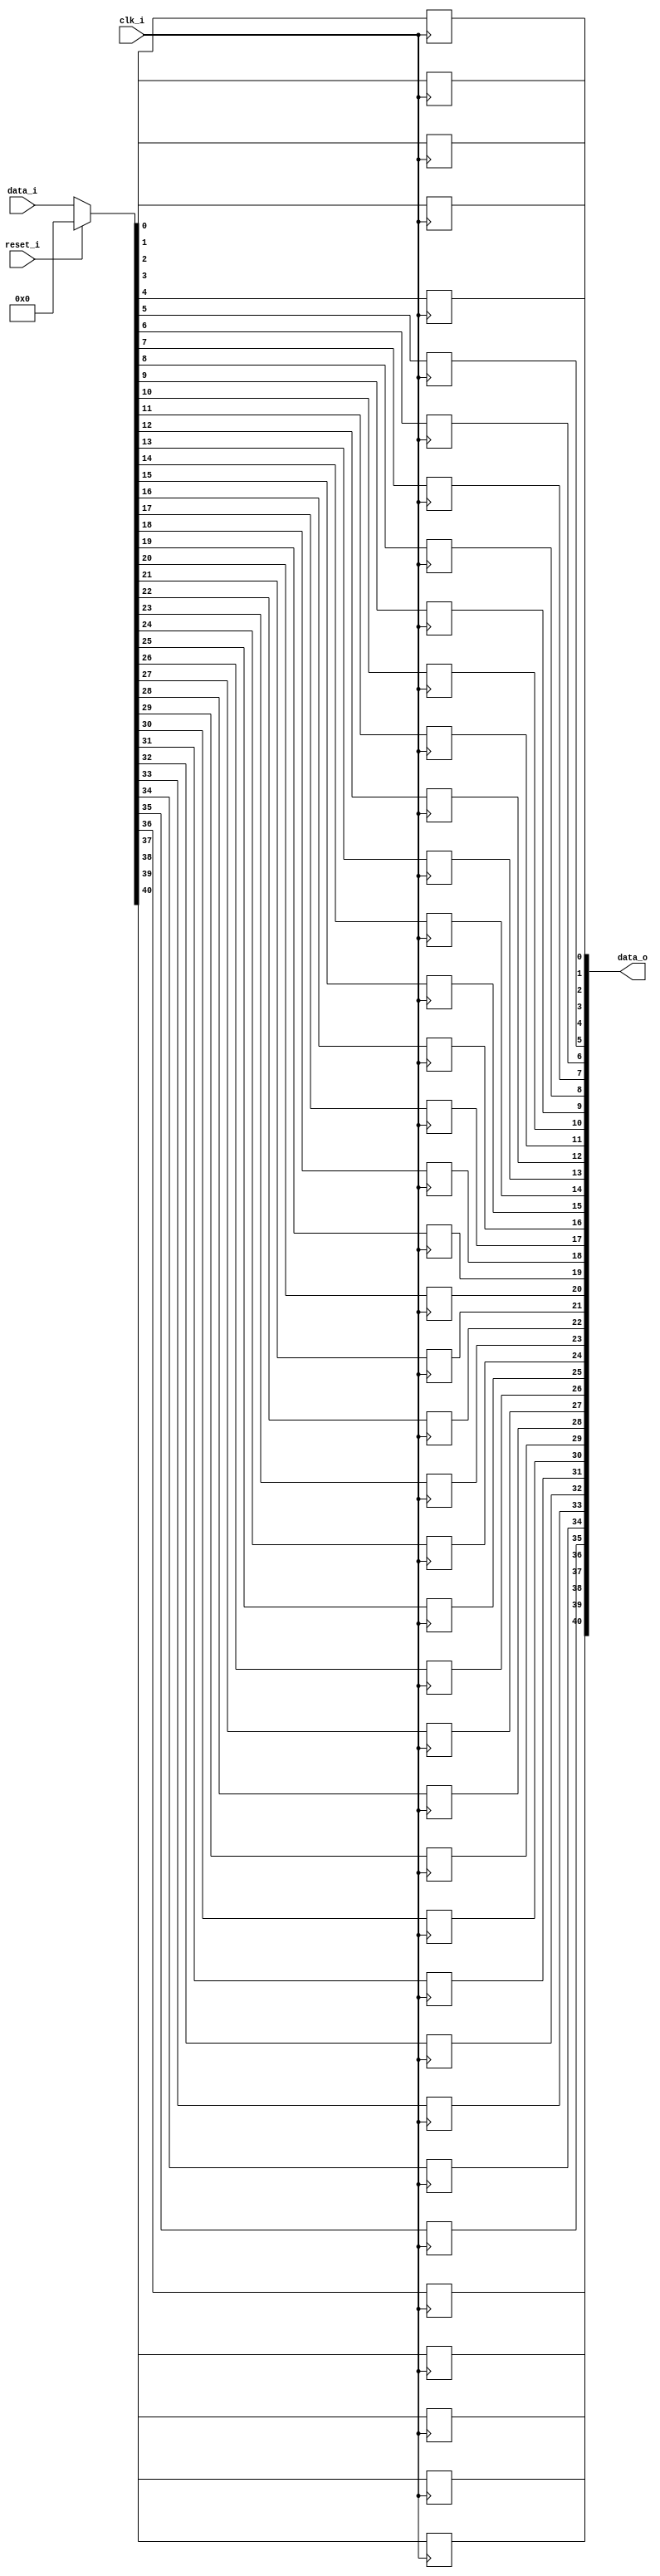
// This program was cloned from: https://github.com/NYU-MLDA/OpenABC
// License: BSD 3-Clause "New" or "Revised" License

module bsg_dff_reset_width_p41
(
  clk_i,
  reset_i,
  data_i,
  data_o
);

  input [40:0] data_i;
  output [40:0] data_o;
  input clk_i;
  input reset_i;
  wire [40:0] data_o;
  wire N0,N1,N2,N3,N4,N5,N6,N7,N8,N9,N10,N11,N12,N13,N14,N15,N16,N17,N18,N19,N20,N21,
  N22,N23,N24,N25,N26,N27,N28,N29,N30,N31,N32,N33,N34,N35,N36,N37,N38,N39,N40,N41,
  N42,N43;
  reg data_o_40_sv2v_reg,data_o_39_sv2v_reg,data_o_38_sv2v_reg,data_o_37_sv2v_reg,
  data_o_36_sv2v_reg,data_o_35_sv2v_reg,data_o_34_sv2v_reg,data_o_33_sv2v_reg,
  data_o_32_sv2v_reg,data_o_31_sv2v_reg,data_o_30_sv2v_reg,data_o_29_sv2v_reg,
  data_o_28_sv2v_reg,data_o_27_sv2v_reg,data_o_26_sv2v_reg,data_o_25_sv2v_reg,
  data_o_24_sv2v_reg,data_o_23_sv2v_reg,data_o_22_sv2v_reg,data_o_21_sv2v_reg,data_o_20_sv2v_reg,
  data_o_19_sv2v_reg,data_o_18_sv2v_reg,data_o_17_sv2v_reg,data_o_16_sv2v_reg,
  data_o_15_sv2v_reg,data_o_14_sv2v_reg,data_o_13_sv2v_reg,data_o_12_sv2v_reg,
  data_o_11_sv2v_reg,data_o_10_sv2v_reg,data_o_9_sv2v_reg,data_o_8_sv2v_reg,
  data_o_7_sv2v_reg,data_o_6_sv2v_reg,data_o_5_sv2v_reg,data_o_4_sv2v_reg,data_o_3_sv2v_reg,
  data_o_2_sv2v_reg,data_o_1_sv2v_reg,data_o_0_sv2v_reg;
  assign data_o[40] = data_o_40_sv2v_reg;
  assign data_o[39] = data_o_39_sv2v_reg;
  assign data_o[38] = data_o_38_sv2v_reg;
  assign data_o[37] = data_o_37_sv2v_reg;
  assign data_o[36] = data_o_36_sv2v_reg;
  assign data_o[35] = data_o_35_sv2v_reg;
  assign data_o[34] = data_o_34_sv2v_reg;
  assign data_o[33] = data_o_33_sv2v_reg;
  assign data_o[32] = data_o_32_sv2v_reg;
  assign data_o[31] = data_o_31_sv2v_reg;
  assign data_o[30] = data_o_30_sv2v_reg;
  assign data_o[29] = data_o_29_sv2v_reg;
  assign data_o[28] = data_o_28_sv2v_reg;
  assign data_o[27] = data_o_27_sv2v_reg;
  assign data_o[26] = data_o_26_sv2v_reg;
  assign data_o[25] = data_o_25_sv2v_reg;
  assign data_o[24] = data_o_24_sv2v_reg;
  assign data_o[23] = data_o_23_sv2v_reg;
  assign data_o[22] = data_o_22_sv2v_reg;
  assign data_o[21] = data_o_21_sv2v_reg;
  assign data_o[20] = data_o_20_sv2v_reg;
  assign data_o[19] = data_o_19_sv2v_reg;
  assign data_o[18] = data_o_18_sv2v_reg;
  assign data_o[17] = data_o_17_sv2v_reg;
  assign data_o[16] = data_o_16_sv2v_reg;
  assign data_o[15] = data_o_15_sv2v_reg;
  assign data_o[14] = data_o_14_sv2v_reg;
  assign data_o[13] = data_o_13_sv2v_reg;
  assign data_o[12] = data_o_12_sv2v_reg;
  assign data_o[11] = data_o_11_sv2v_reg;
  assign data_o[10] = data_o_10_sv2v_reg;
  assign data_o[9] = data_o_9_sv2v_reg;
  assign data_o[8] = data_o_8_sv2v_reg;
  assign data_o[7] = data_o_7_sv2v_reg;
  assign data_o[6] = data_o_6_sv2v_reg;
  assign data_o[5] = data_o_5_sv2v_reg;
  assign data_o[4] = data_o_4_sv2v_reg;
  assign data_o[3] = data_o_3_sv2v_reg;
  assign data_o[2] = data_o_2_sv2v_reg;
  assign data_o[1] = data_o_1_sv2v_reg;
  assign data_o[0] = data_o_0_sv2v_reg;

  always @(posedge clk_i) begin
    if(1'b1) begin
      data_o_40_sv2v_reg <= N43;
    end 
  end


  always @(posedge clk_i) begin
    if(1'b1) begin
      data_o_39_sv2v_reg <= N42;
    end 
  end


  always @(posedge clk_i) begin
    if(1'b1) begin
      data_o_38_sv2v_reg <= N41;
    end 
  end


  always @(posedge clk_i) begin
    if(1'b1) begin
      data_o_37_sv2v_reg <= N40;
    end 
  end


  always @(posedge clk_i) begin
    if(1'b1) begin
      data_o_36_sv2v_reg <= N39;
    end 
  end


  always @(posedge clk_i) begin
    if(1'b1) begin
      data_o_35_sv2v_reg <= N38;
    end 
  end


  always @(posedge clk_i) begin
    if(1'b1) begin
      data_o_34_sv2v_reg <= N37;
    end 
  end


  always @(posedge clk_i) begin
    if(1'b1) begin
      data_o_33_sv2v_reg <= N36;
    end 
  end


  always @(posedge clk_i) begin
    if(1'b1) begin
      data_o_32_sv2v_reg <= N35;
    end 
  end


  always @(posedge clk_i) begin
    if(1'b1) begin
      data_o_31_sv2v_reg <= N34;
    end 
  end


  always @(posedge clk_i) begin
    if(1'b1) begin
      data_o_30_sv2v_reg <= N33;
    end 
  end


  always @(posedge clk_i) begin
    if(1'b1) begin
      data_o_29_sv2v_reg <= N32;
    end 
  end


  always @(posedge clk_i) begin
    if(1'b1) begin
      data_o_28_sv2v_reg <= N31;
    end 
  end


  always @(posedge clk_i) begin
    if(1'b1) begin
      data_o_27_sv2v_reg <= N30;
    end 
  end


  always @(posedge clk_i) begin
    if(1'b1) begin
      data_o_26_sv2v_reg <= N29;
    end 
  end


  always @(posedge clk_i) begin
    if(1'b1) begin
      data_o_25_sv2v_reg <= N28;
    end 
  end


  always @(posedge clk_i) begin
    if(1'b1) begin
      data_o_24_sv2v_reg <= N27;
    end 
  end


  always @(posedge clk_i) begin
    if(1'b1) begin
      data_o_23_sv2v_reg <= N26;
    end 
  end


  always @(posedge clk_i) begin
    if(1'b1) begin
      data_o_22_sv2v_reg <= N25;
    end 
  end


  always @(posedge clk_i) begin
    if(1'b1) begin
      data_o_21_sv2v_reg <= N24;
    end 
  end


  always @(posedge clk_i) begin
    if(1'b1) begin
      data_o_20_sv2v_reg <= N23;
    end 
  end


  always @(posedge clk_i) begin
    if(1'b1) begin
      data_o_19_sv2v_reg <= N22;
    end 
  end


  always @(posedge clk_i) begin
    if(1'b1) begin
      data_o_18_sv2v_reg <= N21;
    end 
  end


  always @(posedge clk_i) begin
    if(1'b1) begin
      data_o_17_sv2v_reg <= N20;
    end 
  end


  always @(posedge clk_i) begin
    if(1'b1) begin
      data_o_16_sv2v_reg <= N19;
    end 
  end


  always @(posedge clk_i) begin
    if(1'b1) begin
      data_o_15_sv2v_reg <= N18;
    end 
  end


  always @(posedge clk_i) begin
    if(1'b1) begin
      data_o_14_sv2v_reg <= N17;
    end 
  end


  always @(posedge clk_i) begin
    if(1'b1) begin
      data_o_13_sv2v_reg <= N16;
    end 
  end


  always @(posedge clk_i) begin
    if(1'b1) begin
      data_o_12_sv2v_reg <= N15;
    end 
  end


  always @(posedge clk_i) begin
    if(1'b1) begin
      data_o_11_sv2v_reg <= N14;
    end 
  end


  always @(posedge clk_i) begin
    if(1'b1) begin
      data_o_10_sv2v_reg <= N13;
    end 
  end


  always @(posedge clk_i) begin
    if(1'b1) begin
      data_o_9_sv2v_reg <= N12;
    end 
  end


  always @(posedge clk_i) begin
    if(1'b1) begin
      data_o_8_sv2v_reg <= N11;
    end 
  end


  always @(posedge clk_i) begin
    if(1'b1) begin
      data_o_7_sv2v_reg <= N10;
    end 
  end


  always @(posedge clk_i) begin
    if(1'b1) begin
      data_o_6_sv2v_reg <= N9;
    end 
  end


  always @(posedge clk_i) begin
    if(1'b1) begin
      data_o_5_sv2v_reg <= N8;
    end 
  end


  always @(posedge clk_i) begin
    if(1'b1) begin
      data_o_4_sv2v_reg <= N7;
    end 
  end


  always @(posedge clk_i) begin
    if(1'b1) begin
      data_o_3_sv2v_reg <= N6;
    end 
  end


  always @(posedge clk_i) begin
    if(1'b1) begin
      data_o_2_sv2v_reg <= N5;
    end 
  end


  always @(posedge clk_i) begin
    if(1'b1) begin
      data_o_1_sv2v_reg <= N4;
    end 
  end


  always @(posedge clk_i) begin
    if(1'b1) begin
      data_o_0_sv2v_reg <= N3;
    end 
  end

  assign { N43, N42, N41, N40, N39, N38, N37, N36, N35, N34, N33, N32, N31, N30, N29, N28, N27, N26, N25, N24, N23, N22, N21, N20, N19, N18, N17, N16, N15, N14, N13, N12, N11, N10, N9, N8, N7, N6, N5, N4, N3 } = (N0)? { 1'b0, 1'b0, 1'b0, 1'b0, 1'b0, 1'b0, 1'b0, 1'b0, 1'b0, 1'b0, 1'b0, 1'b0, 1'b0, 1'b0, 1'b0, 1'b0, 1'b0, 1'b0, 1'b0, 1'b0, 1'b0, 1'b0, 1'b0, 1'b0, 1'b0, 1'b0, 1'b0, 1'b0, 1'b0, 1'b0, 1'b0, 1'b0, 1'b0, 1'b0, 1'b0, 1'b0, 1'b0, 1'b0, 1'b0, 1'b0, 1'b0 } : 
                                                                                                                                                                                                                    (N1)? data_i : 1'b0;
  assign N0 = reset_i;
  assign N1 = N2;
  assign N2 = ~reset_i;

endmodule